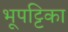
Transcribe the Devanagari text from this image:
भूपट्टिका